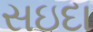
સઇદા